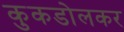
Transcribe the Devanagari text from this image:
कुकडोलकर